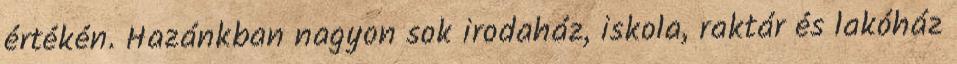
értékén. Hazánkban nagyon sok irodaház, iskola, raktár és lakóház